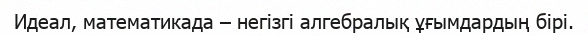
Идеал, математикада – негізгі алгебралық ұғымдардың бірі.